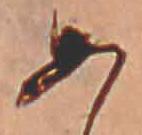
あ